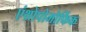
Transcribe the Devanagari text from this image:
एंथ्रोपोमोर्फिक